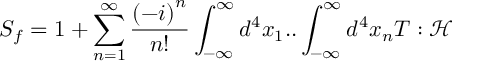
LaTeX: S _ { f } = 1 + \sum _ { n = 1 } ^ { \infty } \frac { \left( - i \right) ^ { n } } { n ! } \int _ { - \infty } ^ { \infty } d ^ { 4 } x _ { 1 } . . \int _ { - \infty } ^ { \infty } d ^ { 4 } x _ { n } T : \mathcal { H }